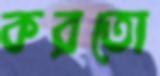
করতো